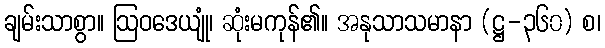
ချမ်းသာစွာ။ ဩဝဒေယျုံ၊ ဆုံးမကုန်၏။ အနုသာသမာနာ (ဋ္ဌ-၃၆၀) စ၊